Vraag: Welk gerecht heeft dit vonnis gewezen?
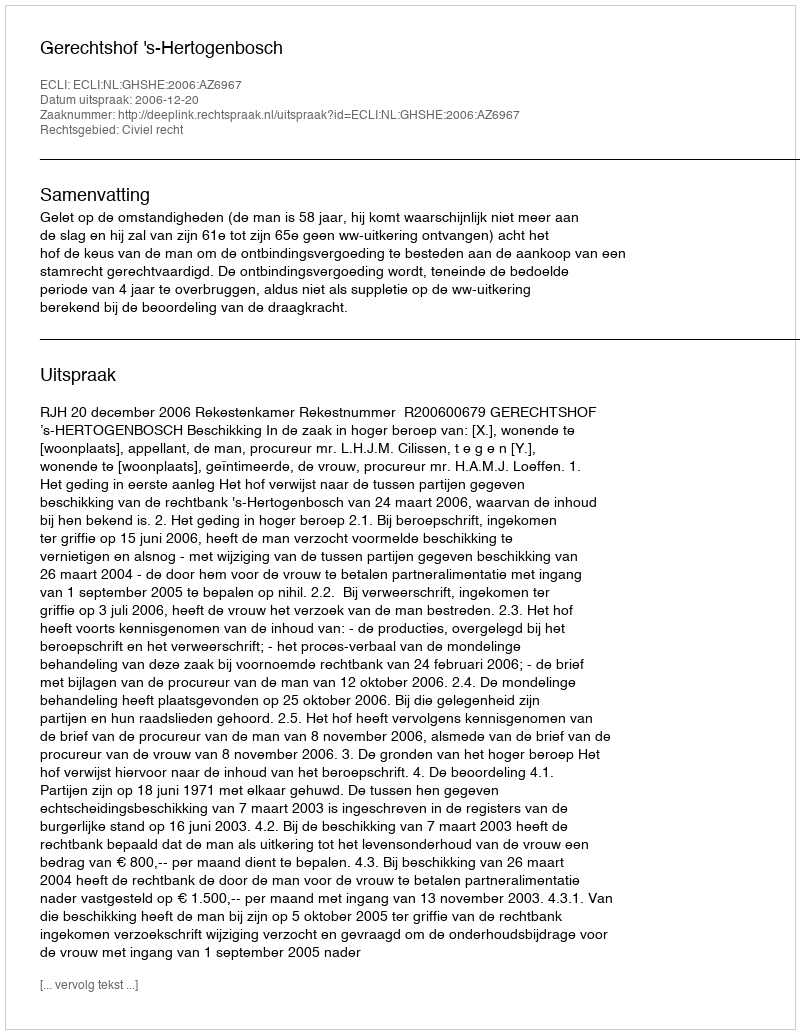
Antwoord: Gerechtshof 's-Hertogenbosch